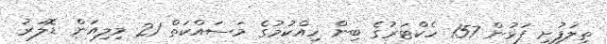
ތިލަފުށި ފަޅުން 157 ހެކްޓަރުގެ ބިން ހިއްކުމުގެ މަސައްކަތް 21 މިލިއަން ޑޮލަރު